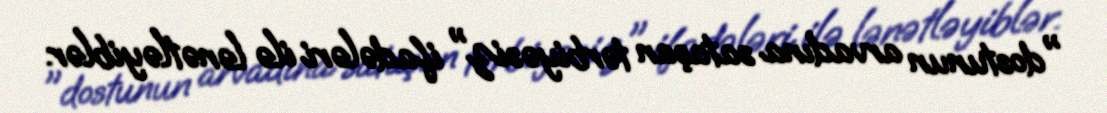
"dostunun arvadına sataşan tərbiyəsiz" ifadələri ilə lənətləyiblər.